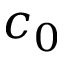
c _ { 0 }